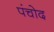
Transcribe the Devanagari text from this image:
पंचोद